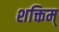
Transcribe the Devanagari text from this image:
शक्तिम्‌